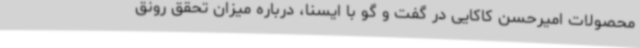
محصولات امیرحسن کاکایی در گفت و گو با ایسنا، درباره میزان تحقق رونق